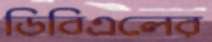
ডিবিএলের